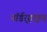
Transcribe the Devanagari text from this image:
नॉर्डर्‍हाइन